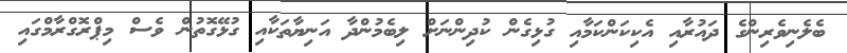
ބެލެނިވެރިންގެ ދައުރާއި އެކިކަންކަމާއި ގުޅިގެން ކުދިންނަށް ލިބެމުންދާ އަނިޔާތަކާއި ގުޅޭގޮތުން ވެސް މިޕްރޮގްރާމްގައި